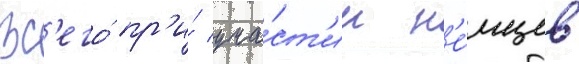
Вс'его́ пр'и́ уча́ст'ии н'е́мцев